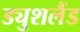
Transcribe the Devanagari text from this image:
ड्युशलैंड